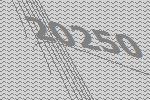
20250